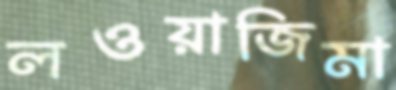
লওয়াজিমা